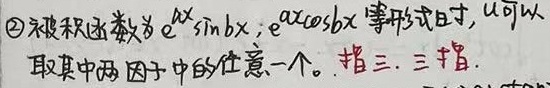
\textcircled{2}被积函数为\(e^{ax}\sin bx\)，\(e^{ax}\cos bx\)等形式时，\(u\)可以
取其中两因子中的任意一个。指三，三指.